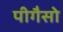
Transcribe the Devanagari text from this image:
पीगैसो